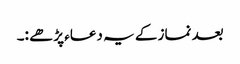
بعد نماز کے یہ دعاء پڑھے :۔